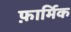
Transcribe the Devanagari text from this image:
फ़ार्मिक